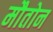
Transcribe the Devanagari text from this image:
मौतोन